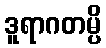
ဒူရာဂတမ္ပိ